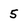
Character: 5